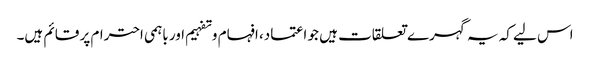
اس لیے کہ یہ گہرے تعلقات ہیں جو اعتماد، افہام وتفہیم اور باہمی احترام پر قائم ہیں۔